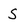
Character: s